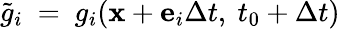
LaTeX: \tilde{g}_{i}~=~g_{i}(\mathbf{x}+\mathbf{e}_{i}\Delta t,\ t_{0}+\Delta t)